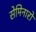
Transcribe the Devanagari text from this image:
सेमिनारो